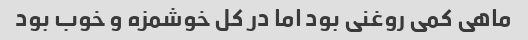
ماهی کمی روغنی بود اما در کل خوشمزه و خوب بود